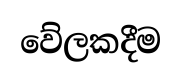
වේලකදීම